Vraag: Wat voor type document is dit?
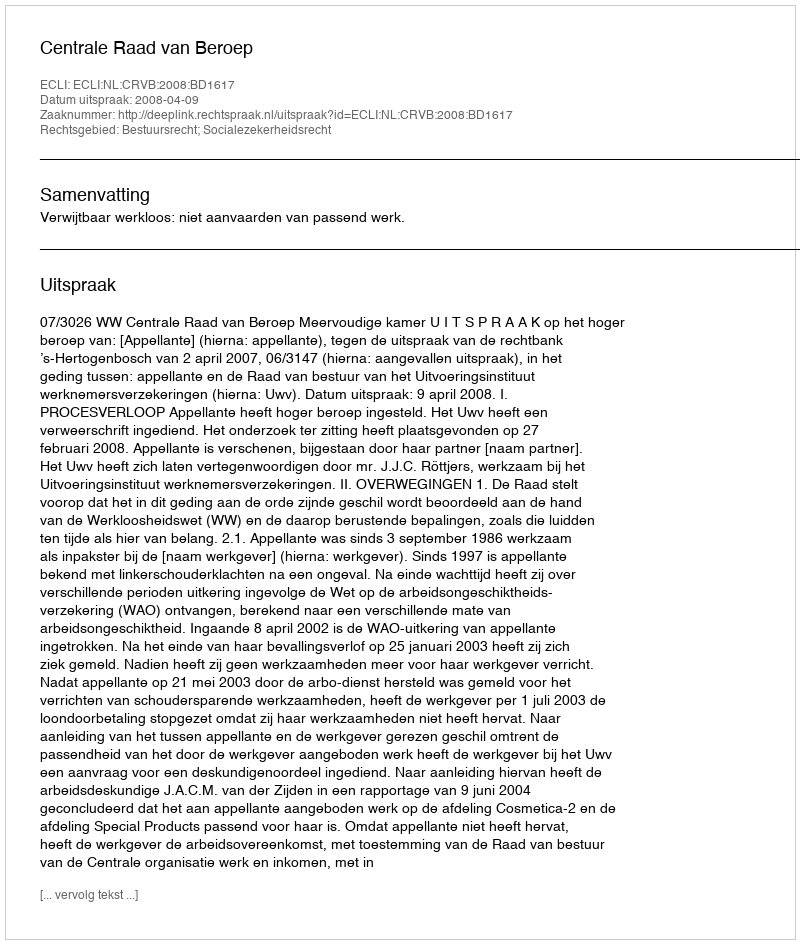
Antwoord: Uitspraak